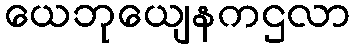
ယေဘုယျေနကဌလာ